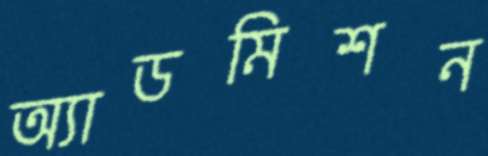
অ্যাডমিশন